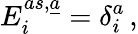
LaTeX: E_{i}^{as,\underline{{{a}}}}=\delta_{i}^{a}\, ,